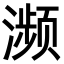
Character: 濒